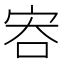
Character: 𡧶